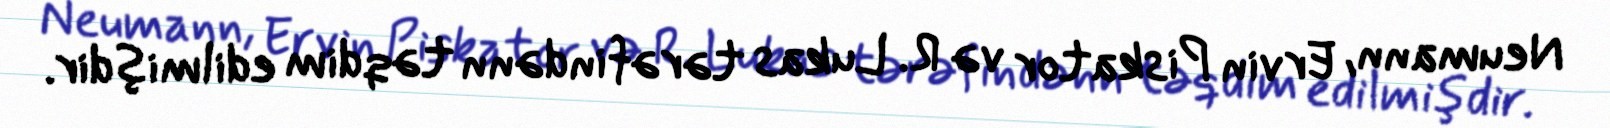
Neumann, Ervin Piskator və R. Lukas tərəfindənn təqdim edilmişdir.